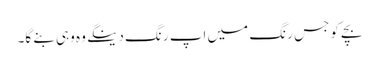
بچے کو جس رنگ میں اپ رنگ دینگے وہ وہی بنے گا۔